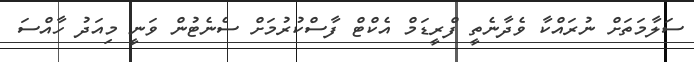
ސަލާމަތަށް ނުރައްކާ ވެދާނެތީ ފްރީޑަމް އެކްޓް ފާސްކުރުމަށް ސެނެޓުން ވަނީ މިއަދު ހާއްސަ